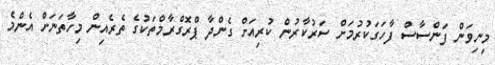
މިނިވަން ފަންސާސް ފާހަގަކުރުމަށް ސަރުކާރުން ކުރިއަށް ގެންދާ ޕްރޮގްރާމްތަކުގެ ތެރެއިން މިހާތަނަށް އެންމެ